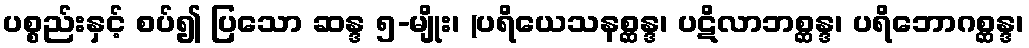
ပစ္စည်းနှင့် စပ်၍ ပြသော ဆန္ဒ ၅-မျိုး၊ (ပရိယေသနစ္ဆန္ဒ၊ ပဋိလာဘစ္ဆန္ဒ၊ ပရိဘောဂစ္ဆန္ဒ၊